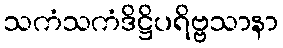
သကံသကံဒိဋ္ဌိပရိဗ္ဗသာနာ